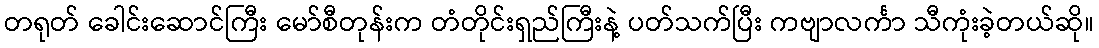
တရုတ် ခေါင်းဆောင်ကြီး မော်စီတုန်းက တံတိုင်းရှည်ကြီးနဲ့ ပတ်သက်ပြီး ကဗျာလင်္ကာ သီကုံးခဲ့တယ်ဆို။